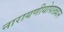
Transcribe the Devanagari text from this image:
नारायणीयोपाख्यान